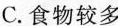
C.食物较多